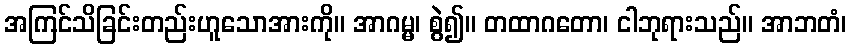
အကြင်သိခြင်းတည်းဟူသောအားကို။ အာဂမ္မ၊ စွဲ၍။ တထာဂတော၊ ငါဘုရားသည်။ အာဘတံ၊